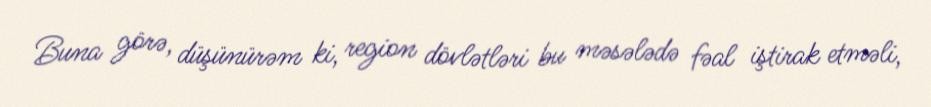
Buna görə, düşünürəm ki, region dövlətləri bu məsələdə fəal iştirak etməli,